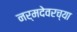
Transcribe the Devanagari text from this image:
नर्मदेवरच्या